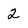
Character: 2